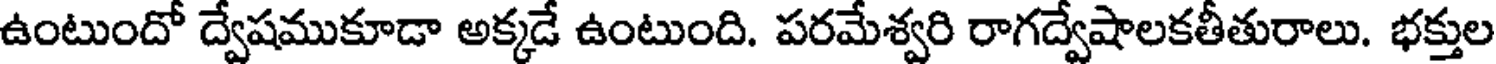
ఉంటుందో ద్వేషముకూడా అక్కడే ఉంటుంది. పరమేశ్వరి రాగద్వేషాలకతీతురాలు. భక్తుల